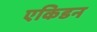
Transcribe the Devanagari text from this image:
एकिडन